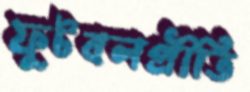
ফুটবলপ্রীতি